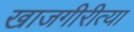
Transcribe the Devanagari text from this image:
खाजगीरीत्या